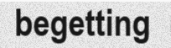
begetting